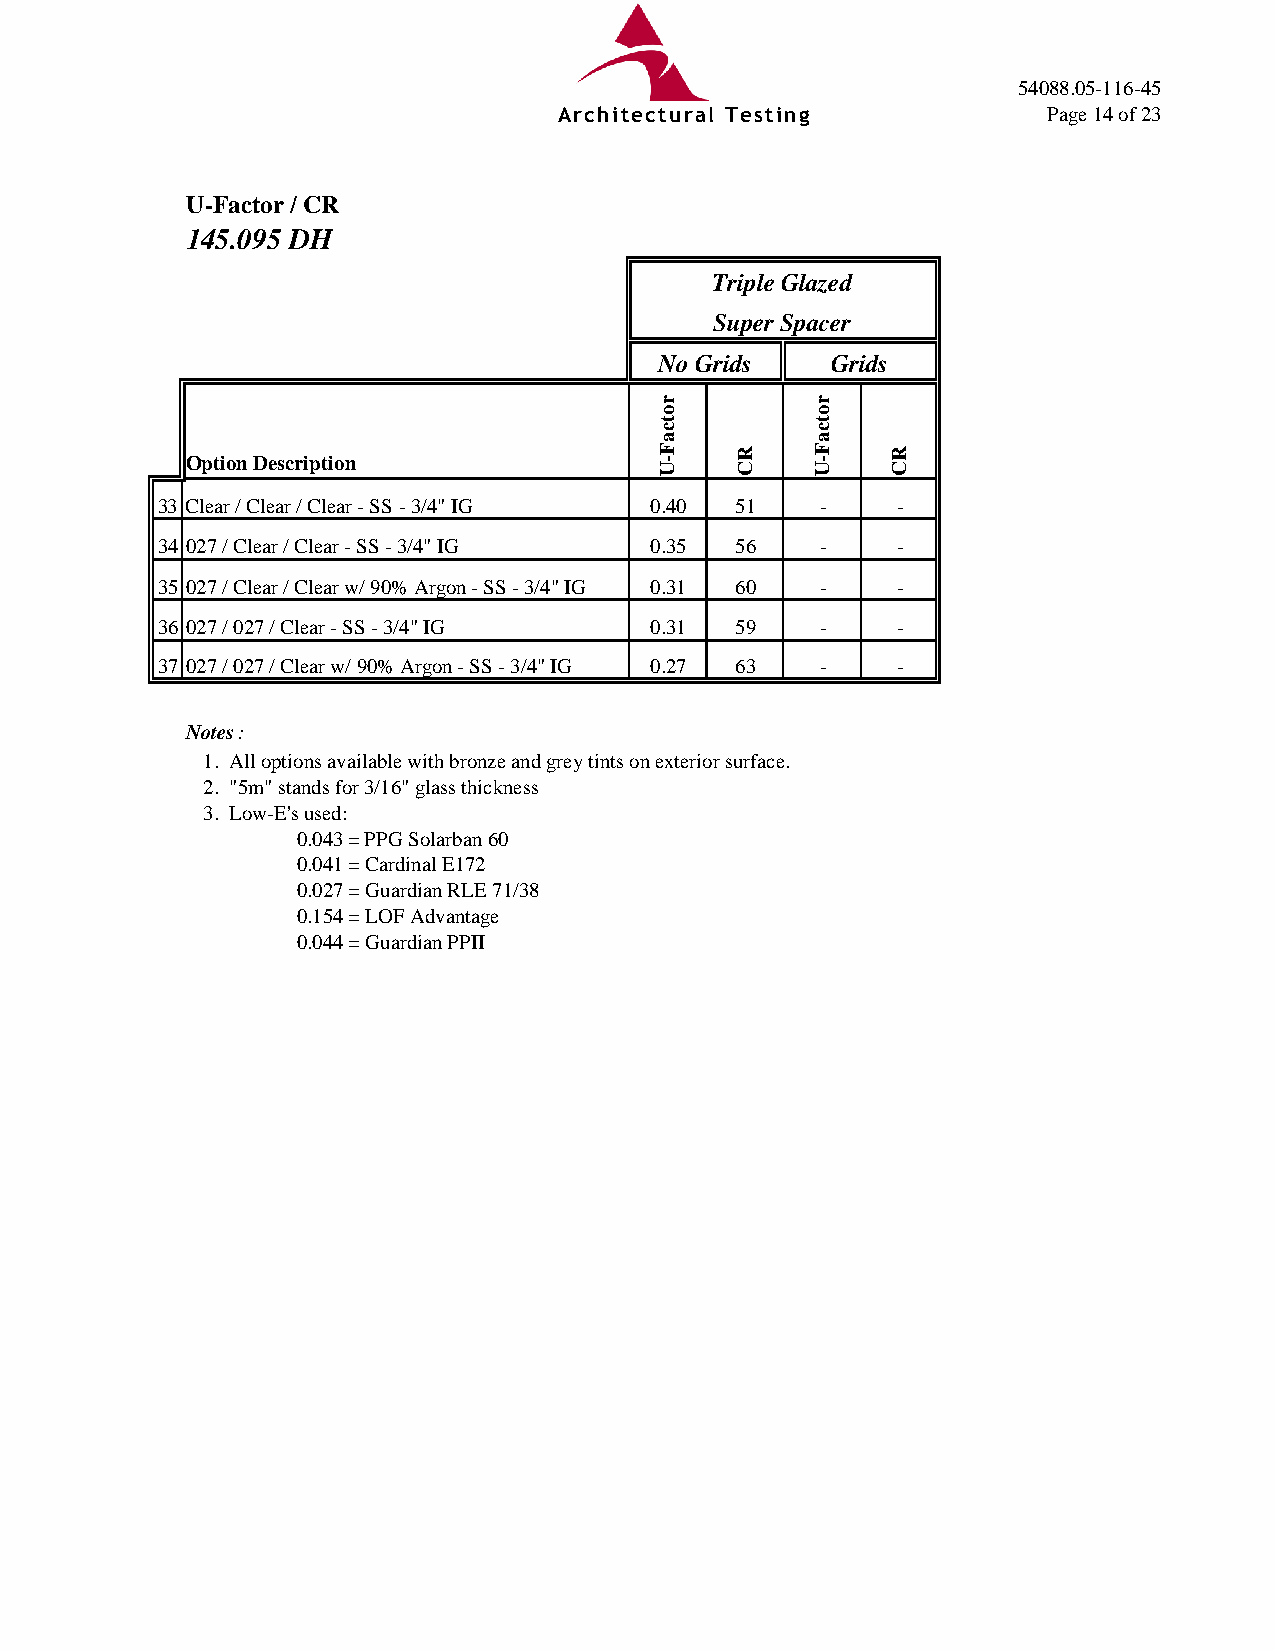
54088.05-116-45
 Architectural Testing           Page 14 of 23
 U-Factor / CR
 145.095 DH
 Triple Glazed
 Super Spacer
 No Grids   Grids
 Option Description
 33 Clear / Clear / Clear - SS - 3/4" IG 0.40 51 - -
 34 027 / Clear / Clear - SS - 3/4" IG 0.35 56 -  -
 35 027 / Clear / Clear w/ 90% Argon - SS - 3/4" IG 0.31 60 - -
 36 027 / 027 / Clear - SS - 3/4" IG 0.31 59 -    -
 37 027 / 027 / Clear w/ 90% Argon - SS - 3/4" IG 0.27 63 - -
 Notes:
 1. All options available with bronze and grey tints on exterior surface.
 2. "5m" stands for 3/16" glass thickness
 3. Low-E's used:
 0.043 = PPG Solarban 60
 0.041 = Cardinal E172
 0.027 = Guardian RLE 71/38
 0.154 = LOF Advantage
 0.044 = Guardian PPII
 rotcaF-U
 RC
 rotcaF-U
 RC